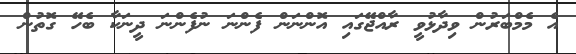
އެ މެމްބަރުން ވިދާޅުވީ ރާއްޖޭގައި އޮންނަން ފެންނަ ނުފެންނަ ދީނަކާ ބެހޭ ގޮތުން